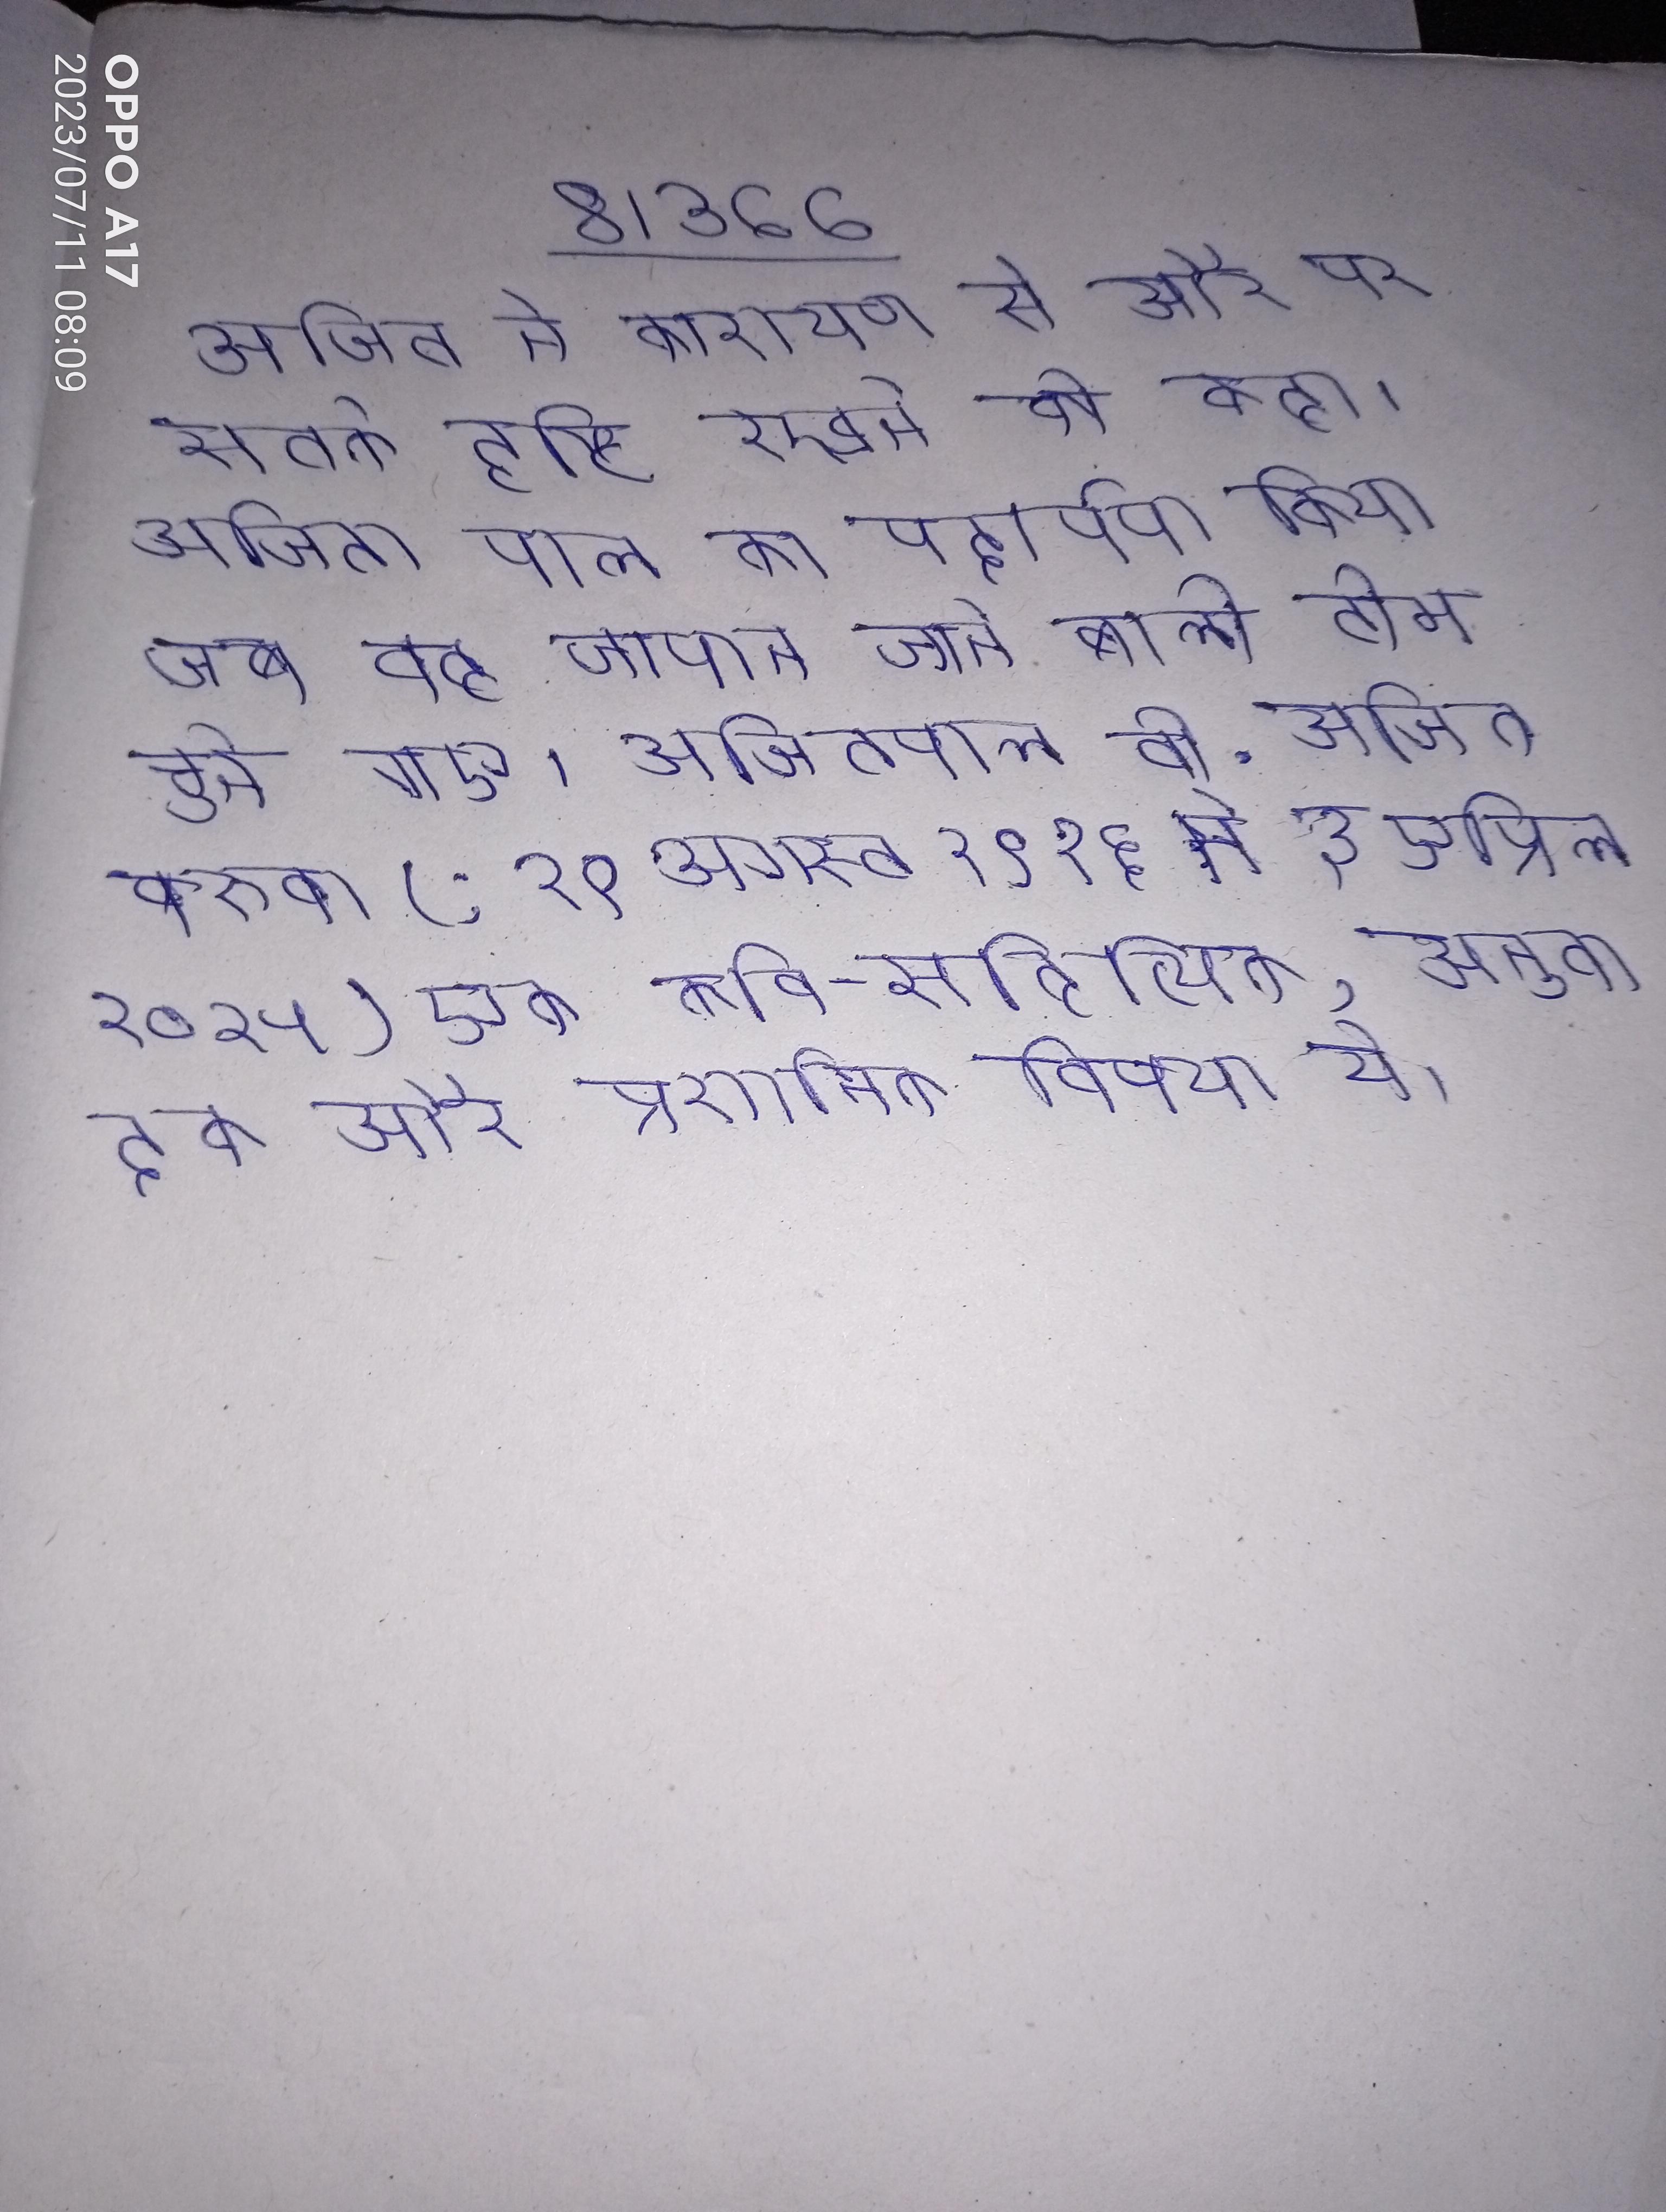
अजित ने कारायण से और पर सतर्क दृष्टि रखने को कहा । अजित पाल का पदार्पण किया जब वह जापान जाने वाली टीम चुने गए । अजितपाल वी . अजित बरुवा (; १९ अगस्त १९२६ से ३ एप्रिल २०१५) एक कवि-सहित्यिक, अनुवादक और प्रशाशनिक विषया थे ।